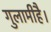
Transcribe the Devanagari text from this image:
गुलामीहै।